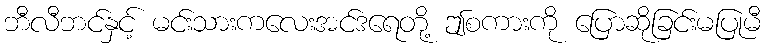
ဘီလီဘင်နှင့် မင်းသားကလေးအင်ဒရေတို့ ဤစကားကို ပြောဆိုခြင်းမပြုမီ